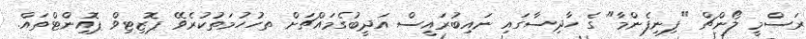
ރަސްމީ ލޯންޗް "ފިނިފެންމާ" ގެ ހާދިސާގައި ނައިބުރައީސް އަދީބުގެމައްޗަށް ތހުހުމަތުކުރެވޭ ޕޮޒިޓިވް ޕޮއިންޓްތައް.